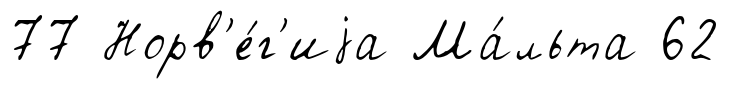
77 Норв'е́г'иjа Ма́льта 62